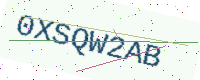
Text: 0XSQW2AB